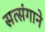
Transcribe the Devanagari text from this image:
सत्संगाने